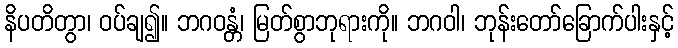
နိပတိတွာ၊ ဝပ်ချ၍။ ဘဂဝန္တံ၊ မြတ်စွာဘုရားကို။ ဘဂဝါ၊ ဘုန်းတော်ခြောက်ပါးနှင့်